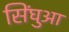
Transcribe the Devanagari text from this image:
सिंघुआ